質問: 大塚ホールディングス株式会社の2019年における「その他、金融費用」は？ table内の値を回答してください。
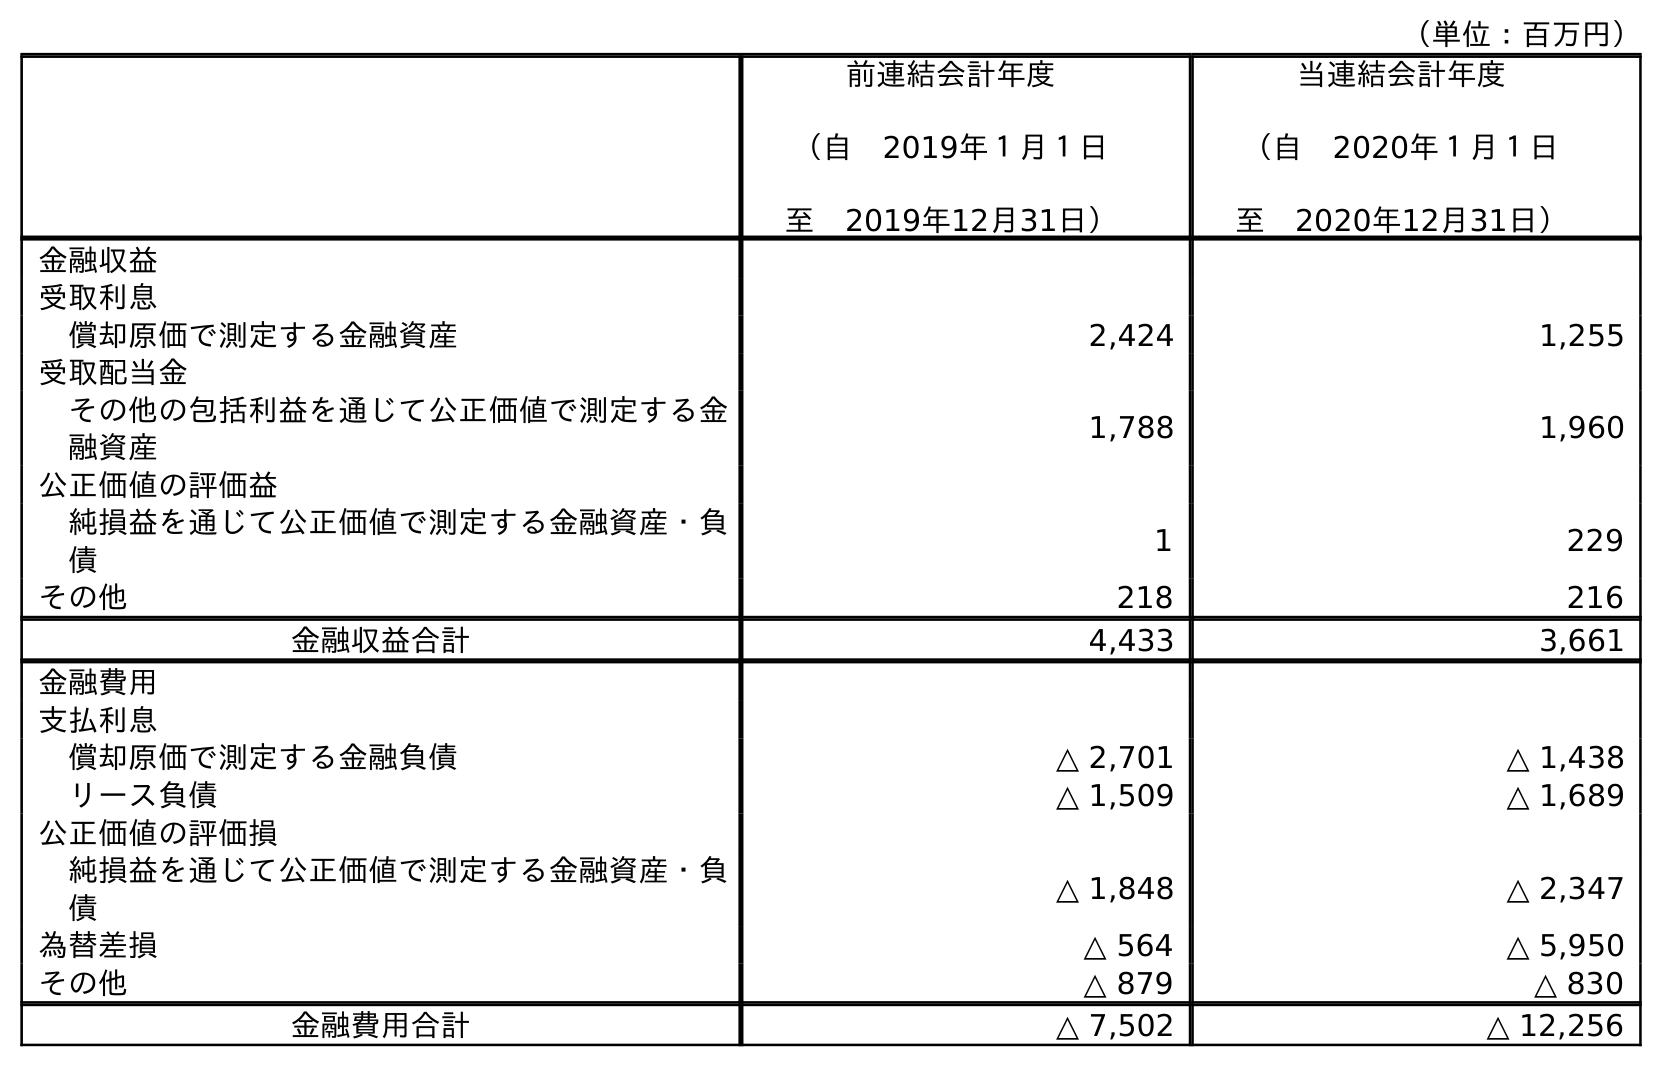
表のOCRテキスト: （単位：百万円） 前連結会計年度 （自 2019年１月１日 至 2019年12月31日） 当連結会計年度 （自 2020年１月１日 至 2020年12月31日） 金融収益 受取利息 償却原価で測定する金融資産 2,424 1,255 受取配当金 その他の包括利益を通じて公正価値で測定する金 融資産 1,788 1,960 公正価値の評価益 純損益を通じて公正価値で測定する金融資産・負 債 1 229 その他 218 216 金融収益合計 4,433 3,661 金融費用 支払利息 償却原価で測定する金融負債 △ 2,701 △ 1,438 リース負債 △ 1,509 △ 1,689 公正価値の評価損 純損益を通じて公正価値で測定する金融資産・負 債 △ 1,848 △ 2,347 為替差損 △ 564 △ 5,950 その他 △ 879 △ 830 金融費用合計 △ 7,502 △ 12,256
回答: △879